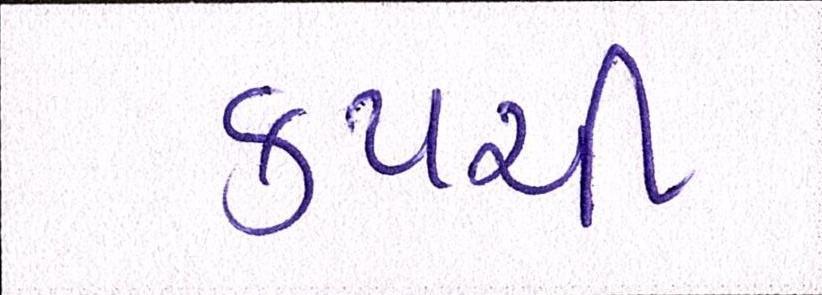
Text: કપચી